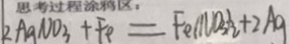
2 A g N O _ { 3 } + F e = F e ( N O _ { 3 } ) _ { 2 } + 2 A g